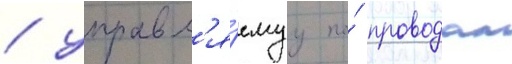
/ управл'я́емуу по́ проводам